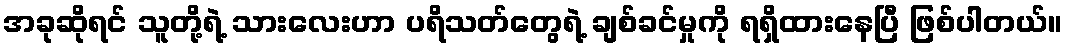
အခုဆိုရင် သူတို့ရဲ့ သားလေးဟာ ပရိသတ်တွေရဲ့ ချစ်ခင်မှုကို ရရှိထားနေပြီ ဖြစ်ပါတယ်။